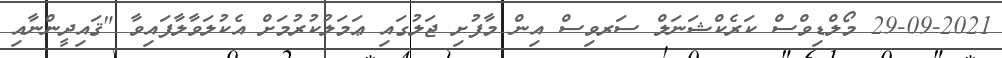
29-09-2021 މޯލްޑިވްސް ކަރެކްޝަނަލް ސަރވިސް އިން މާފުށި ޖަލުގައި ޢަމަލުކުރުމަށް އެކުލަވާލާފައިވާ "ޤައިދީންނާއި